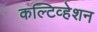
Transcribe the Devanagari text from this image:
कल्टिव्हेशन